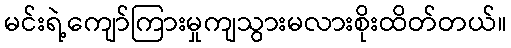
မင်းရဲ့ကျော်ကြားမှုကျသွားမလားစိုးထိတ်တယ်။